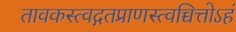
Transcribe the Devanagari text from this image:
तावकस्त्वद्गतप्राणस्त्वच्चित्तोऽहं